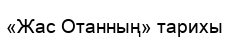
«Жас Отанның» тарихы